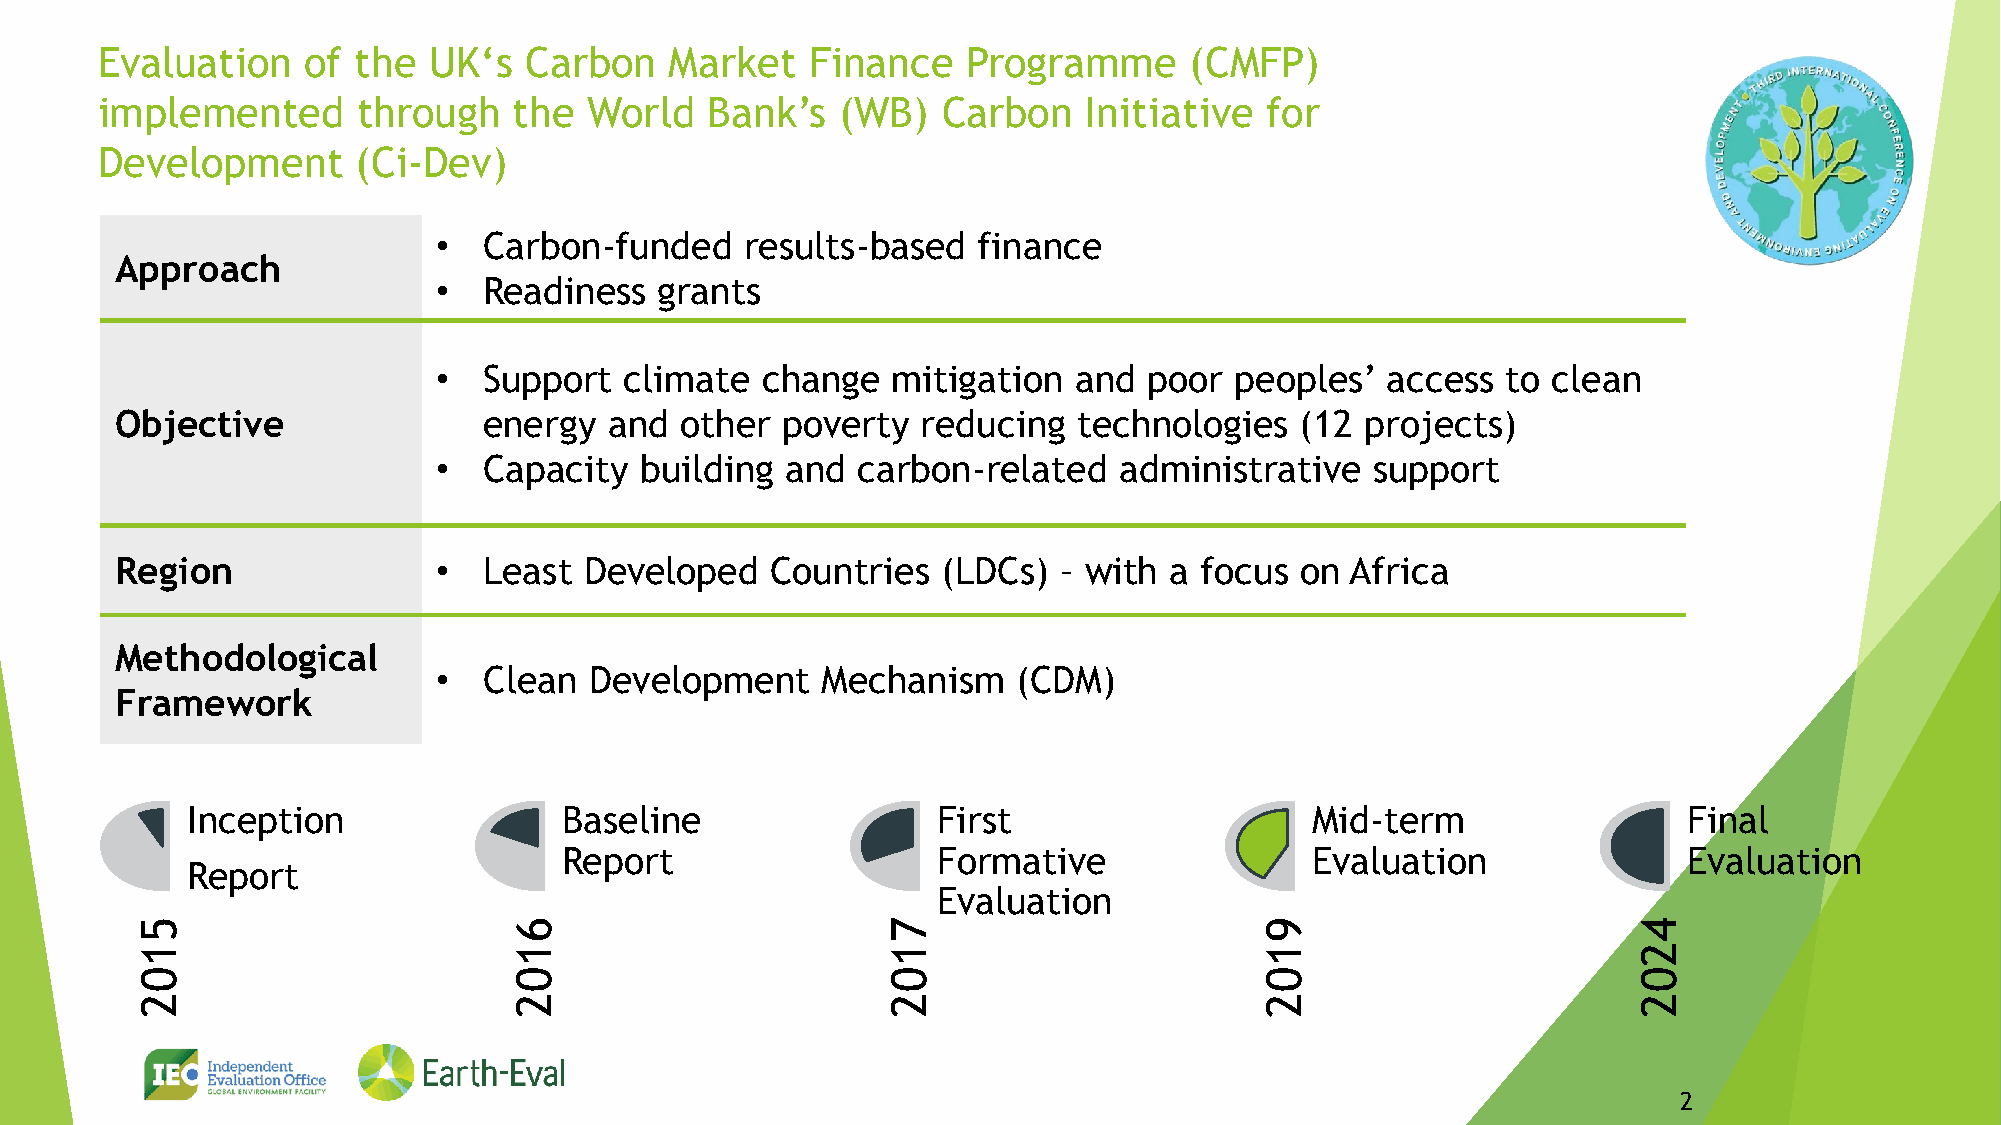
Evaluation    of the  UK‘s   Carbon   Market    Finance   Programme      (CMFP)
 implemented       through   the  World   Bank’s   (WB)  Carbon    Initiative  for
 Development       (Ci-Dev)
 •  Carbon-funded    results-based   finance
 Approach
 •  Readiness   grants
 •  Support  climate  change   mitigation  and  poor  peoples’  access  to clean
 Objective               energy  and  other  poverty  reducing  technologies   (12 projects)
 •  Capacity  building  and  carbon-related   administrative   support
 Region               •  Least  Developed   Countries  (LDCs)  – with a focus  on Africa
 Methodological
 •  Clean  Development    Mechanism    (CDM)
 Framework
 Inception                Baseline                 First                    Mid-term                 Final
 Report                   Formative                Evaluation               Evaluation
 Report
 Evaluation
 5                        6                        7                        9                       4
 1                        1                        1                        1                       2
 0                        0                        0                        0                       0
 2                        2                        2                        2                       2
 Arepo Consult                                     2